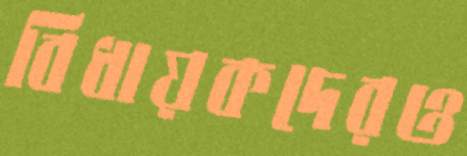
বিধায়কদেরও